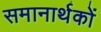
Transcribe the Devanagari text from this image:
समानार्थकों